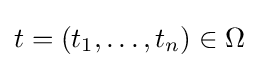
t=\left(t_{1},\ldots ,t_{n}\right)\in \Omega